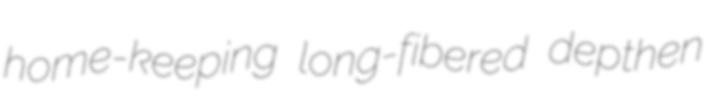
home-keeping long-fibered depthen